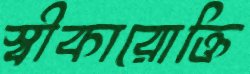
স্বীকারোক্তি